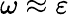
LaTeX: \omega\approx\varepsilon